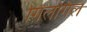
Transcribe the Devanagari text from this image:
गिलगिल